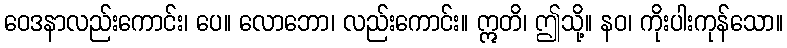
ဝေဒနာလည်းကောင်း၊ ပေ။ လောဘော၊ လည်းကောင်း။ ဣတိ၊ ဤသို့။ နဝ၊ ကိုးပါးကုန်သော။